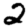
Digit: 2